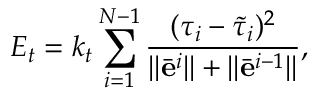
E _ { t } = k _ { t } \sum _ { i = 1 } ^ { N - 1 } \frac { ( \tau _ { i } - \tilde { \tau } _ { i } ) ^ { 2 } } { \Vert \bar { \mathbf e } ^ { i } \Vert + \Vert \bar { \mathbf e } ^ { i - 1 } \Vert } ,